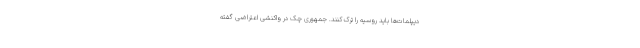
دیپلمات‌ها باید روسیه را ترک کنند. جمهوری چک در واکنشی اعتراضی گفته